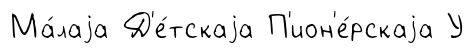
Ма́лаjа Д'е́тскаjа П'ион'е́рскаjа У